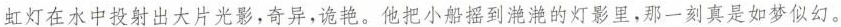
虹灯在水中投射出大片光影，奇异，诡艳。他把小船摇到滟滟的灯影里，那一刻真是如梦似幻。